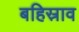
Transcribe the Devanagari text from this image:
बहिस्राव